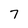
Character: 7